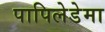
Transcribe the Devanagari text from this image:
पापिलेडेमा